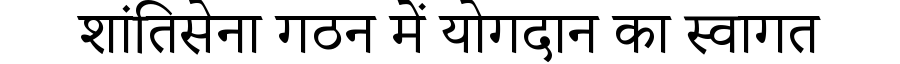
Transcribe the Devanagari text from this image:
शांतिसेना गठन में योगदान का स्वागत